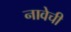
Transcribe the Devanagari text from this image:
नावेची